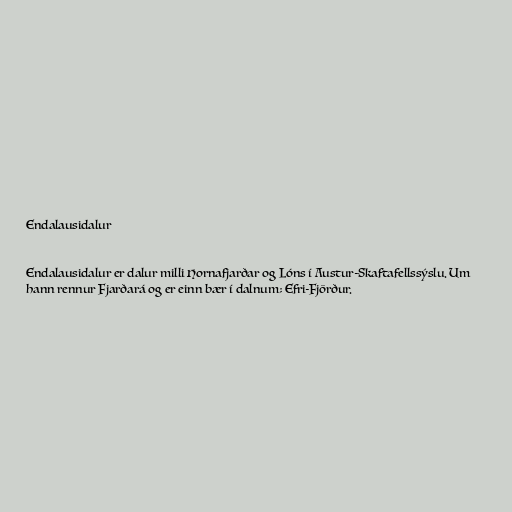
Endalausidalur

Endalausidalur er dalur milli Hornafjarðar og Lóns í Austur-Skaftafellssýslu. Um
hann rennur Fjarðará og er einn bær í dalnum; Efri-Fjörður.